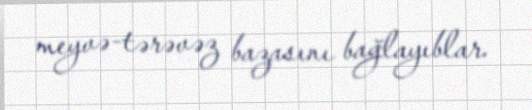
meyvə-tərəvəz bazasını bağlayıblar.